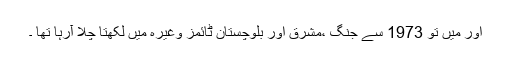
اور میں تو 1973 سے جنگ ،مشرق اور بلوچستان ٹائمز وغیرہ میں لکھتا چلا آرہا تھا ۔